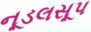
નૂડલસૂપ